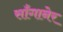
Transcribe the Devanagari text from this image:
साँगानेर